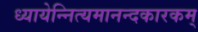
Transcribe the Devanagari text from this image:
ध्यायेन्नित्यमानन्दकारकम्